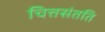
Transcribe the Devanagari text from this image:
चित्तसंतति